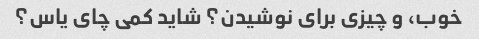
خوب، و چیزی برای نوشیدن؟ شاید کمی چای یاس؟